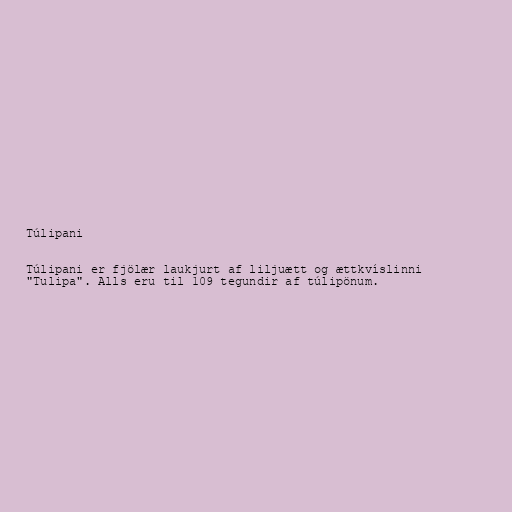
Túlipani

Túlipani er fjölær laukjurt af liljuætt og ættkvíslinni
"Tulipa". Alls eru til 109 tegundir af túlipönum.